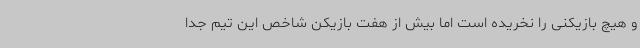
و هیچ بازیکنی را نخریده است اما بیش از هفت بازیکن شاخص این تیم جدا